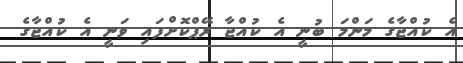
އެ ކުއްޖާގެ މަންމަ ބުނީ އެ ކުއްޖާ ރޭޕްކޮށްފައި ވަނީ އެ ކުއްޖާގެ